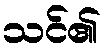
သင်၏